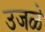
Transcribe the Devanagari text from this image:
उजळे